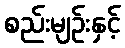
စည်းမျဉ်းနှင့်